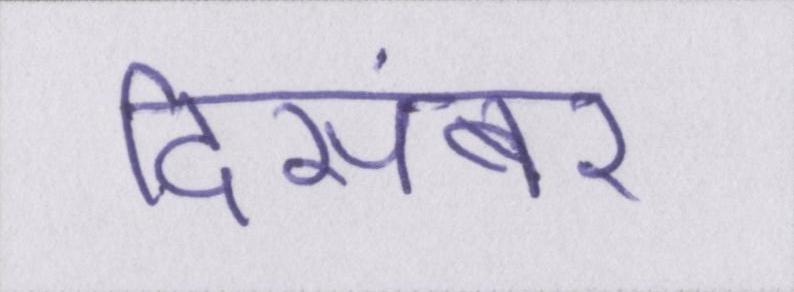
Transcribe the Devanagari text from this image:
दिसंबर